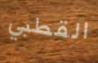
القطبي